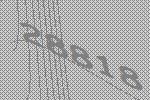
28818